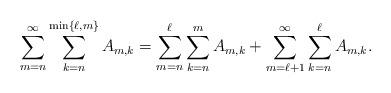
LaTeX: \begin{align*}\sum_{m=n}^{\infty}\sum_{k=n}^{\min\{\ell,m\}}A_{m,k}=\sum_{m=n}^{\ell}\sum_{k=n}^mA_{m,k}+\sum_{m=\ell+1}^{\infty}\sum_{k=n}^{\ell}A_{m,k}.\end{align*}